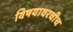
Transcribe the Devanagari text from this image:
विषयावरचीच